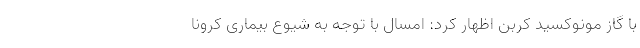
با گاز مونوکسید کربن اظهار کرد: امسال با توجه به شیوع بیماری کرونا